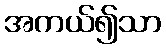
အကယ်၍သာ